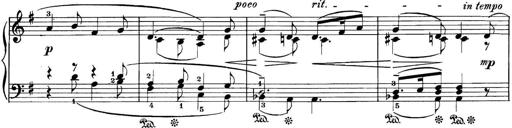
Title: 3 Sonatinas
Composer: Carl Reinecke